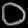
Digit: ၀